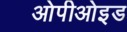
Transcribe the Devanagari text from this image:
ओपीओइड